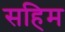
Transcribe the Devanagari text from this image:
सहिम